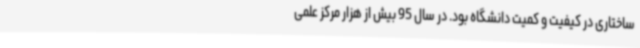
ساختاری در کیفیت و کمیت دانشگاه بود. در سال 95 بیش از هزار مرکز علمی